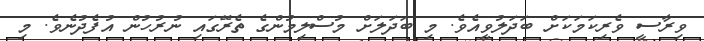
ވިރާސީ ވެރިކަމަކަށް ބަދަލުވީއެވެ. މި ބަދަލަށް މުސްލިމުންގެ ތެރޭގައި ނުރުހުން އުފެދުނެވެ. މި